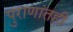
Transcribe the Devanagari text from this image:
पुराणांतही